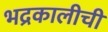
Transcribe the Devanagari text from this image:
भद्रकालीची